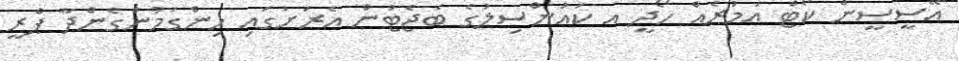
އޭސީސީން ކޯޓް އަމުރެއް ހޯދީ އ ކައުންސިލުގެ ބެޖެޓުން އެރަށުގައި ހިންގަމުންގެންދާ ޕްރީ